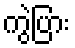
ကွဲပြား